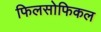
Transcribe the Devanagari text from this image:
फिलसोफिकल